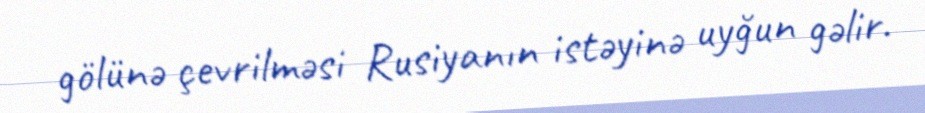
gölünə çevrilməsi Rusiyanın istəyinə uyğun gəlir.